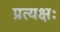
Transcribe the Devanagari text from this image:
प्रत्यक्षः